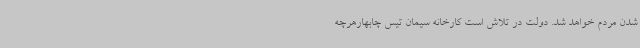
شدن مردم خواهد شد. دولت در تلاش است کارخانه سیمان تیس چابهارهرچه